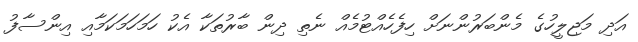
އަދި މަޖިލީހުގެ މެންބަރުންނަށް ހިފެހެއްޓުމެއް ނެތި ދިން ބާރުތަކާ އެކު ހަމަހަމަކަމާއި އިންސާފު